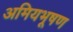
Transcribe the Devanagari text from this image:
अमियभूषण